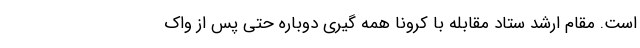
است. مقام ارشد ستاد مقابله با کرونا همه گیری دوباره حتی پس از واک